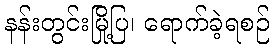
နန်းတွင်းမြို့ပြ၊ ရောက်ခဲ့ရစဉ်